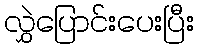
လွှဲပြောင်းပေးပြီး